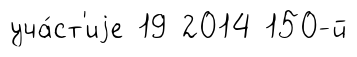
уча́ст'иjе 19 2014 150-й